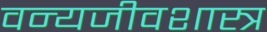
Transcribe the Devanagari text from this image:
वन्यजीवशास्त्र